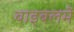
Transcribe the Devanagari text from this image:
बाइबलमें